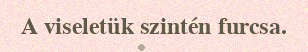
A viseletük szintén furcsa.